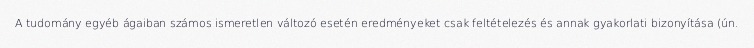
A tudomány egyéb ágaiban számos ismeretlen változó esetén eredményeket csak feltételezés és annak gyakorlati bizonyítása (ún.